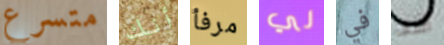
متسرع أنك مرفأ لي في آسف